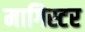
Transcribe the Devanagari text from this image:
मागिस्टर